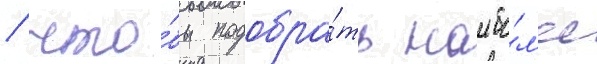
/ что́бы подобра́ть наибо́л'ее